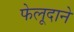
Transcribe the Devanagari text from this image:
फेलूदाने